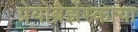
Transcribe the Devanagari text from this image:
प्रेयोब्रैझेंस्काया